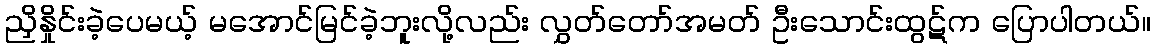
ညှိနှိုင်းခဲ့ပေမယ့် မအောင်မြင်ခဲ့ဘူးလို့လည်း လွှတ်တော်အမတ် ဦးသောင်းထွဋ်က ပြောပါတယ်။